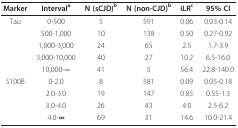
<table><thead><tr><td><b>Marker</b></td><td><b>Interval<sup>a</sup></b></td><td><b>N (sCJD)<sup>b</sup></b></td><td><b>N (non-CJD)<sup>b</sup></b></td><td><b>iLR<sup>c</sup></b></td><td><b>95% CI</b></td></tr></thead><tbody><tr><td>Tau</td><td>0-500</td><td>5</td><td>591</td><td>0.06</td><td>0.03-0.14</td></tr><tr><td></td><td>500-1,000</td><td>10</td><td>138</td><td>0.50</td><td>0.27-0.92</td></tr><tr><td></td><td>1,000-3,000</td><td>24</td><td>65</td><td>2.5</td><td>1.7-3.9</td></tr><tr><td></td><td>3,000-10,000</td><td>40</td><td>27</td><td>10.2</td><td>6.5-16.0</td></tr><tr><td></td><td>10,000-∞</td><td>41</td><td>5</td><td>56.4</td><td>22.8-140.0</td></tr><tr><td>S100B</td><td>0-2.0</td><td>8</td><td>581</td><td>0.09</td><td>0.05-0.18</td></tr><tr><td></td><td>2.0-3.0</td><td>19</td><td>147</td><td>0.85</td><td>0.55-1.3</td></tr><tr><td></td><td>3.0-4.0</td><td>26</td><td>43</td><td>4.0</td><td>2.5-6.2</td></tr><tr><td></td><td>4.0-<b>∞</b></td><td>69</td><td>31</td><td>14.6</td><td>10.0-21.4</td></tr></tbody></table>